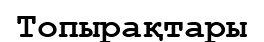
Топырақтары